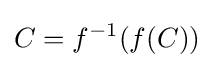
C=f^{-1}(f(C))